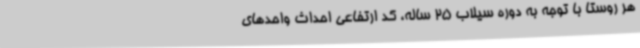
هر روستا با توجه به دوره سیلاب 25 ساله، کد ارتفاعی احداث واحدهای